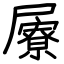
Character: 屪